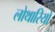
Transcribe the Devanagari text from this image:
लोथारियो